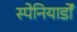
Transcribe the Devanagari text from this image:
स्पेनियार्डों